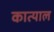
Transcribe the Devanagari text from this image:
कात्याल